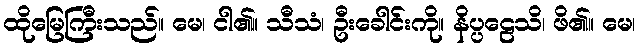
ထိုမြေကြီးသည်။ မေ၊ ငါ၏။ သီသံ၊ ဦးခေါင်းကို။ နိပ္ပဠေသိ၊ ဖိ၏။ မေ၊